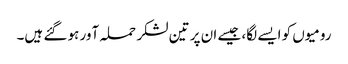
رومیوں کو ایسے لگا، جیسے ان پر تین لشکر حملہ آور ہو گئے ہیں۔